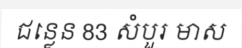
ជន្លេន 83 សំបួរ មាស